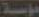
مؤسسة